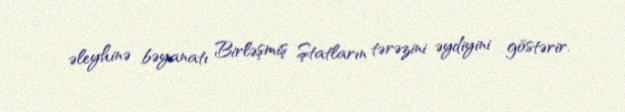
əleyhinə bəyanatı Birləşmiş Ştatların tərəzini əydiyini göstərir.